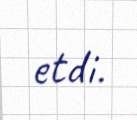
etdi.